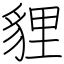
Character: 貍